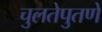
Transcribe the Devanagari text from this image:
चुलतेपुतणे